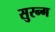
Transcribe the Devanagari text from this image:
सुरन्ग